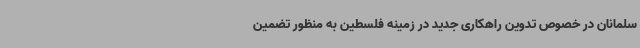
سلمانان در خصوص تدوین راهکاری جدید در زمینه فلسطین به منظور تضمین